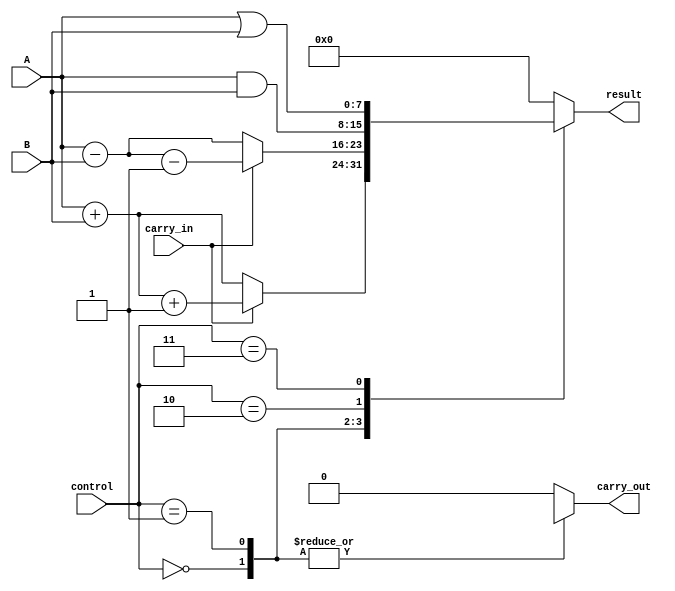
module ALU (
    input [7:0] A,
    input [7:0] B,
    input [2:0] control,
    input carry_in,
    output reg carry_out,
    output reg [7:0] result
);

always @(*)
begin
    case (control)
        3'b000: // Addition
            begin
                if (carry_in)
                    result = A + B + 1;
                else
                    result = A + B;
                carry_out = (result[8] == 1);
            end
        3'b001: // Subtraction
            begin
                if (carry_in)
                    result = A - B - 1;
                else
                    result = A - B;
                carry_out = (result[8] == 0);
            end
        3'b010: // Bitwise AND
            begin
                result = A & B;
                carry_out = 1'b0;
            end
        3'b011: // Bitwise OR
            begin
                result = A | B;
                carry_out = 1'b0;
            end
        default: // Default case (no operation)
            begin
                result = 8'b0;
                carry_out = 1'b0;
            end
    endcase
end

endmodule